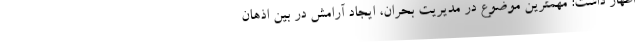
اظهار داشت: مهمترین موضوع در مدیریت بحران، ایجاد آرامش در بین اذهان